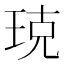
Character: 𤥣